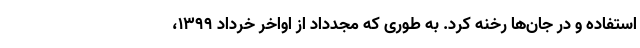
استفاده و در جان‌ها رخنه کرد. به طوری که مجدداد از اواخر خرداد ۱۳۹۹،